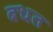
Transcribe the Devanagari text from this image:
बधत